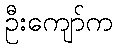
ဦးကျော်က